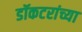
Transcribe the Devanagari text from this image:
डॉकटरांच्या